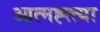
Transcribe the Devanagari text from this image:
आत्मह्त्त्या